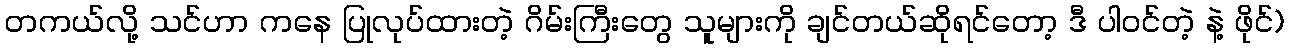
တကယ်လို့ သင်ဟာ ကနေ ပြုလုပ်ထားတဲ့ ဂိမ်းကြီးတွေ သူများကို ချင်တယ်ဆိုရင်တော့ ဒီ ပါဝင်တဲ့ နဲ့ ဖိုင်)